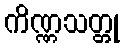
ကိဏ္ဏသတ္တု